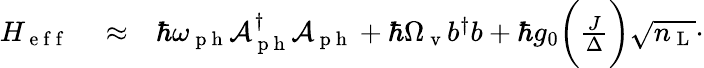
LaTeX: \begin{array}{rlr}{H_{\mathrm{~e~f~f~}}}&{{}\approx}&{\hbar\omega_{\mathrm{~p~h~}}\mathcal{A}_{\mathrm{~p~h~}}^{\dagger}\mathcal{A}_{\mathrm{~p~h~}}+\hbar\Omega_{\mathrm{~v~}}b^{\dagger}b+\hbar g_{0}\bigg(\frac{J}{\Delta}\bigg)\sqrt{n_{\mathrm{~L~}}}\cdot}\end{array}